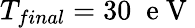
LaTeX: T_{final}=30\; \mathrm{~e~V~}